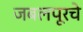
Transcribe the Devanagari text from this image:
जबलपूरचे